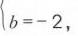
\(b = - 2\)，